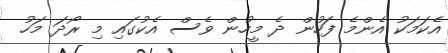
އެކަމަކު އެންމެ ފަހުން ދެ މީހުން ވެސް އެކުގައި މި ރޯދަ މަހު